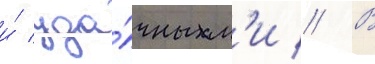
и́ уда́чным'и // В